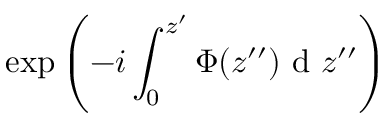
\exp \left( - i \int _ { 0 } ^ { z ^ { \prime } } \Phi ( z ^ { \prime \prime } ) \mathrm { ~ d ~ } z ^ { \prime \prime } \right)